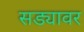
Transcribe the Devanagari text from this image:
सड्यावर